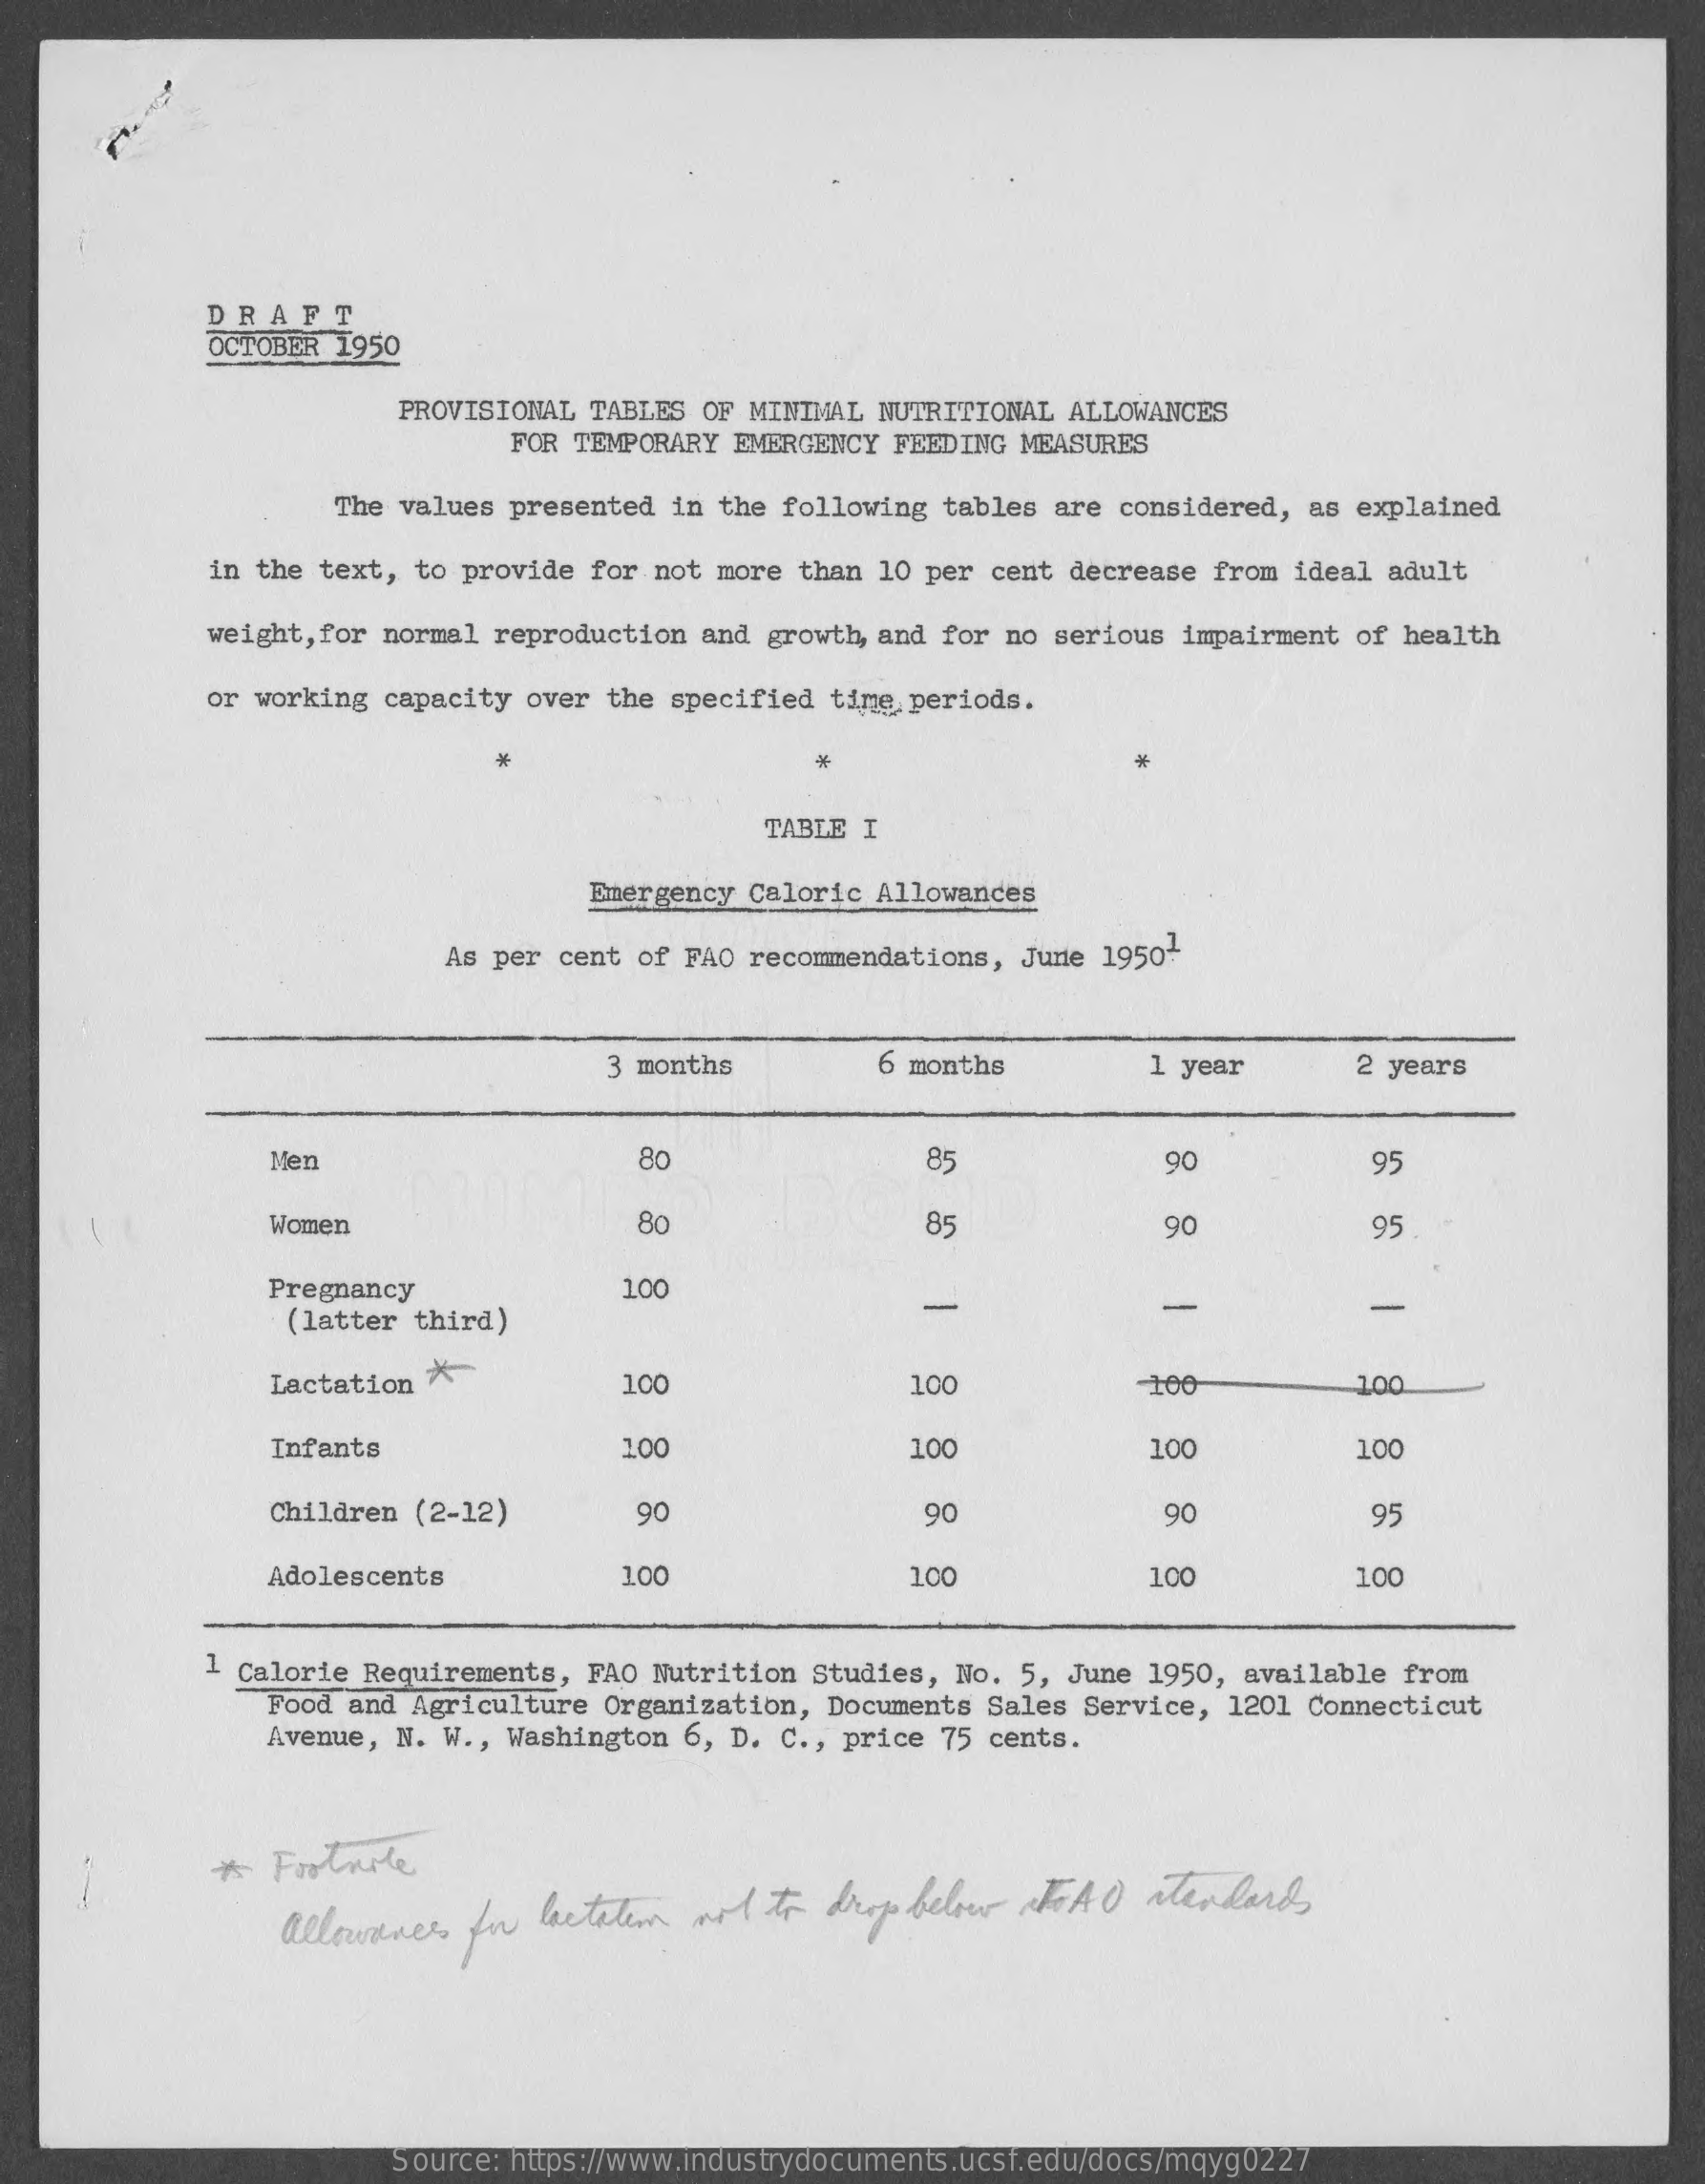
DRAFT
     OCTOBER 1950
     PROVISIONAL TABLES OF MINIMAL NUTRITIONAL ALLOWANCES
     FOR TEMPORARY EMERGENCY FEEDING MEASURES
     The values presented in the following tables are considered, as explained
     in the text, to provide for not more than 10 per cent decrease from ideal adult
     weight, for normal reproduction and growth, and for no serious impairment of health
     or working capacity over the specified time periods.
     *    *
     TABLE I
     Emergency Caloric Allowances
     As per cent of FAO recommendations, June 1950-
     3 months    6 months    1 year    2 years
     Mer    80    85    90    95
     Women    80    85    90    95
     Pregnancy    100
     (latter third)
     -    -    -
     Lactation X    100    100    -100    100
     Infants    100    100    100    100
     Children (2-12)    90    90    90    95
     Adolescents    100    100    100    100
     1 Calorie Requirements, FAO Nutrition Studies, No. 5, June 1950, available from
     Food and Agriculture Organization, Documents Sales Service, 1201 Connecticut
     Avenue, N. W ., Washington 6, D. C ., price 75 cents.
     *  Footnote
     allowanes for lactatem not to drop below to AO standard
     Source: https://www.industrydocuments.ucsf.edu/docs/mqyg0227